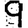
Digit: 9